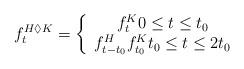
LaTeX: \begin{align*}f_{t}^{H\Diamond K}=\left\{\begin{array}[c]{c}f_{t}^{K}0\leq t\leq t_{0}\\f_{t-t_{0}}^{H}f_{t_{0}}^{K}t_{0}\leq t\leq2t_{0}\end{array}\right. \end{align*}